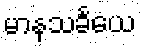
မာနသင်္ခယေ